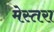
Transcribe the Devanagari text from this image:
मेस्तरा